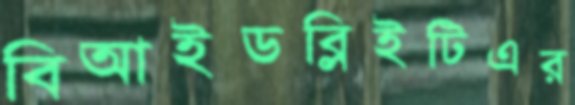
বিআইডব্লিইটিএর